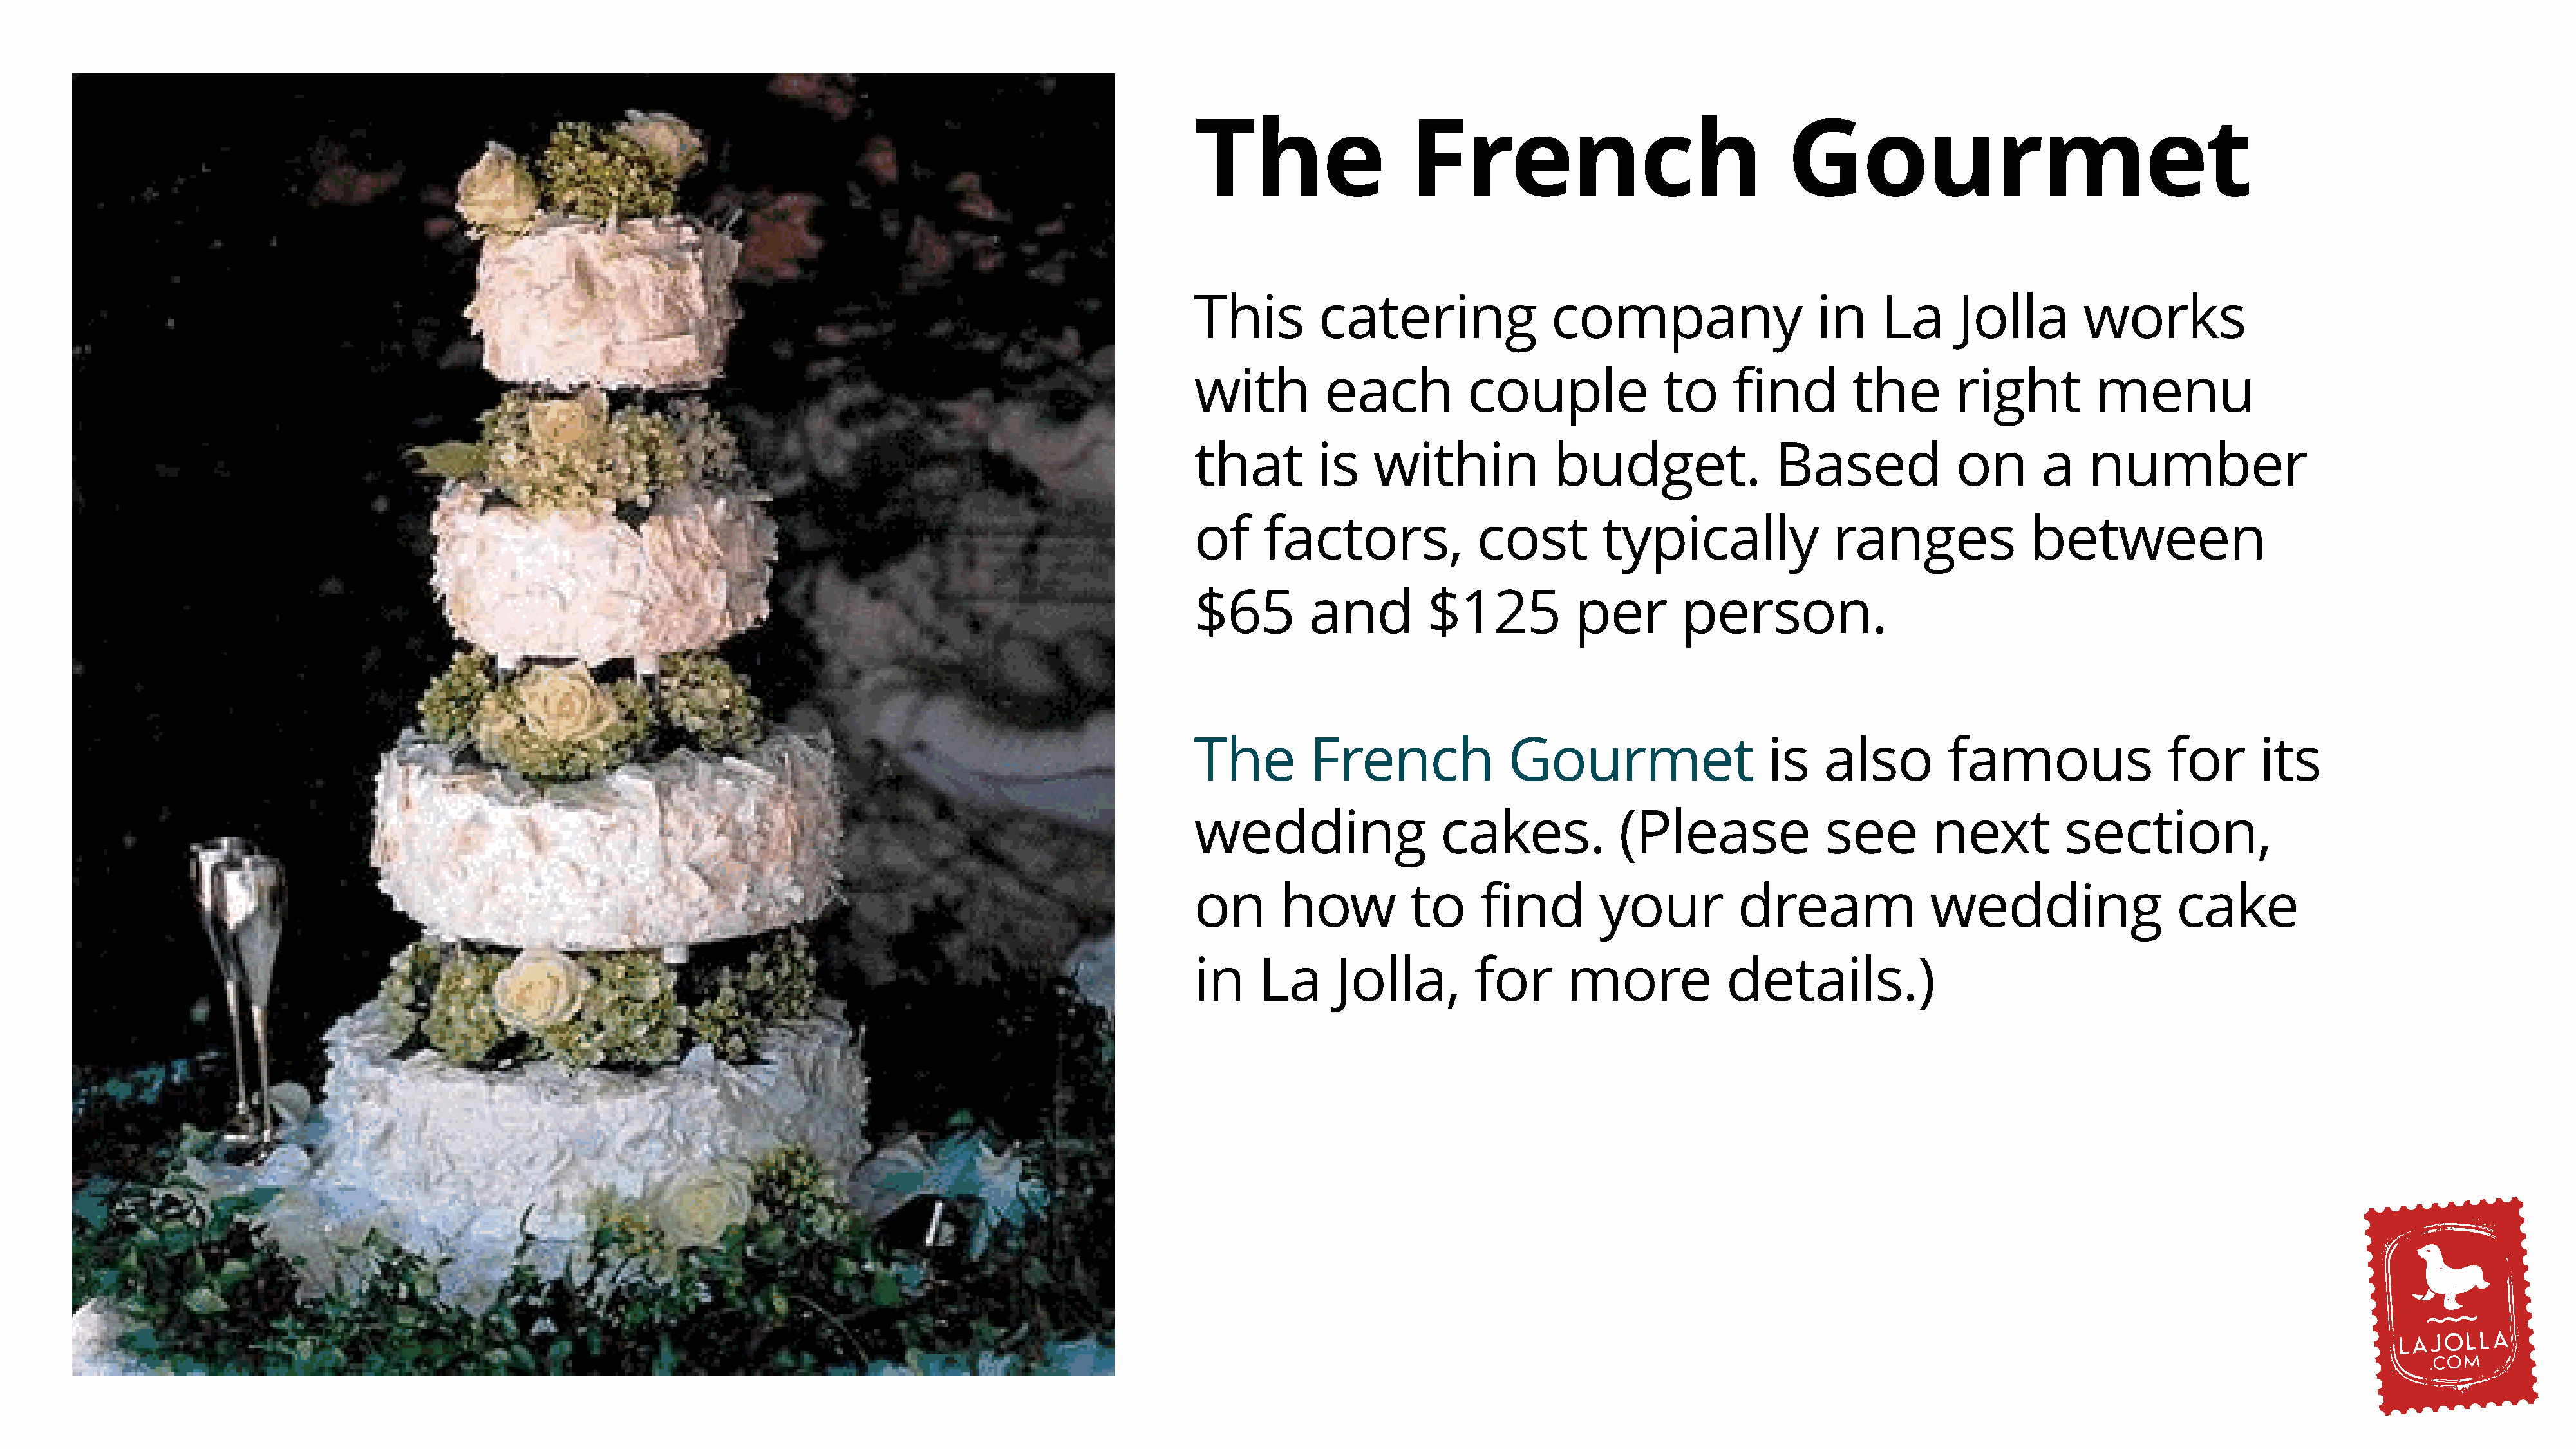
The                   French                                 Gourmet
 This         catering               company                     in    La      Jolla        works
 with         each           couple              to     find        the        right         menu
 that        is    within             budget.               Based              on       a    number
 of     factors,              cost         typically              ranges               between
 $65         and         $125           per        person.
 The         French              Gourmet                    is   also         famous                 for      its
 wedding                  cakes.            (Please               see        next         section,
 on       how          to     find        your           dream              wedding                   cake
 in    La      Jolla,         for      more            details.)